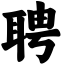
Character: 聘